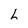
Character: h